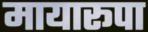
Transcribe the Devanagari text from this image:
मायारूपा